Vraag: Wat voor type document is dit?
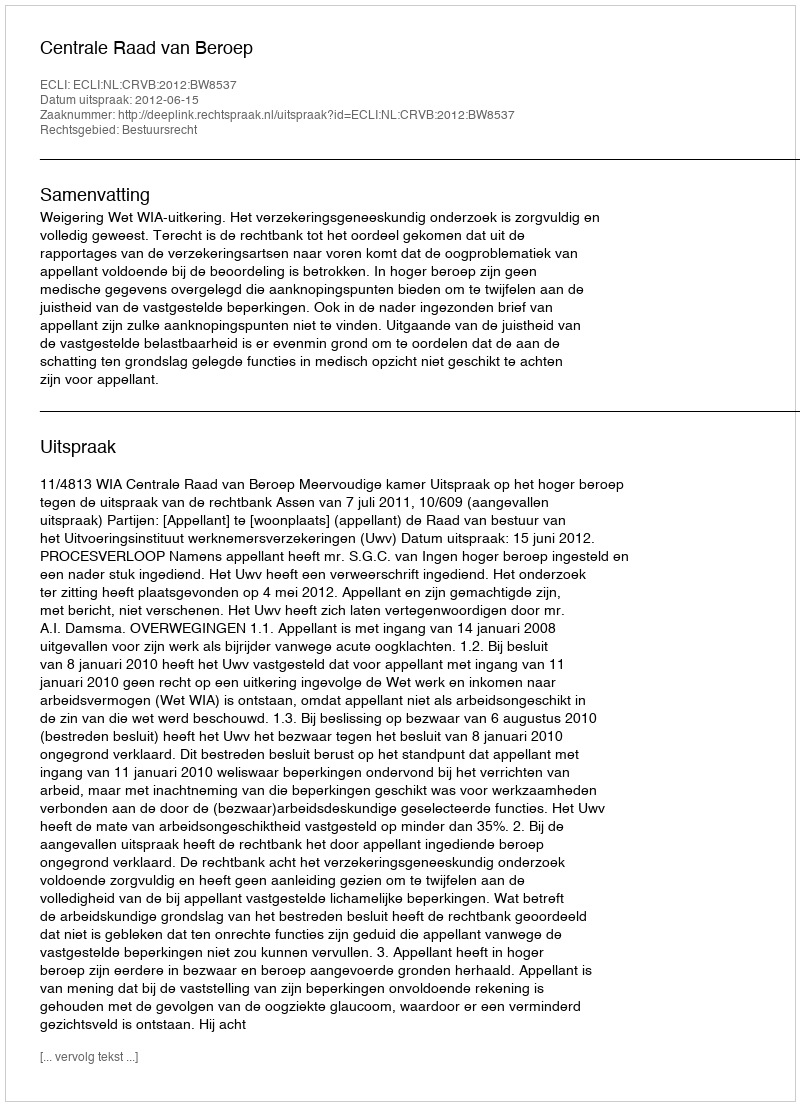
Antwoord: Uitspraak